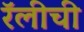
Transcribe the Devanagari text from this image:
रॅलीची